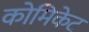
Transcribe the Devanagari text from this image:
कोमिकेट